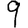
Digit: 9